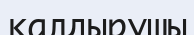
калдырушы